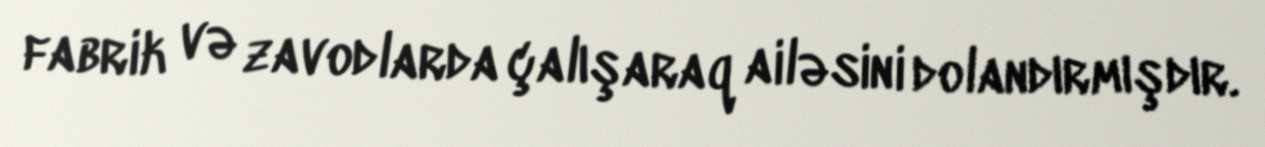
fabrik və zavodlarda çalışaraq ailəsini dolandırmışdır.